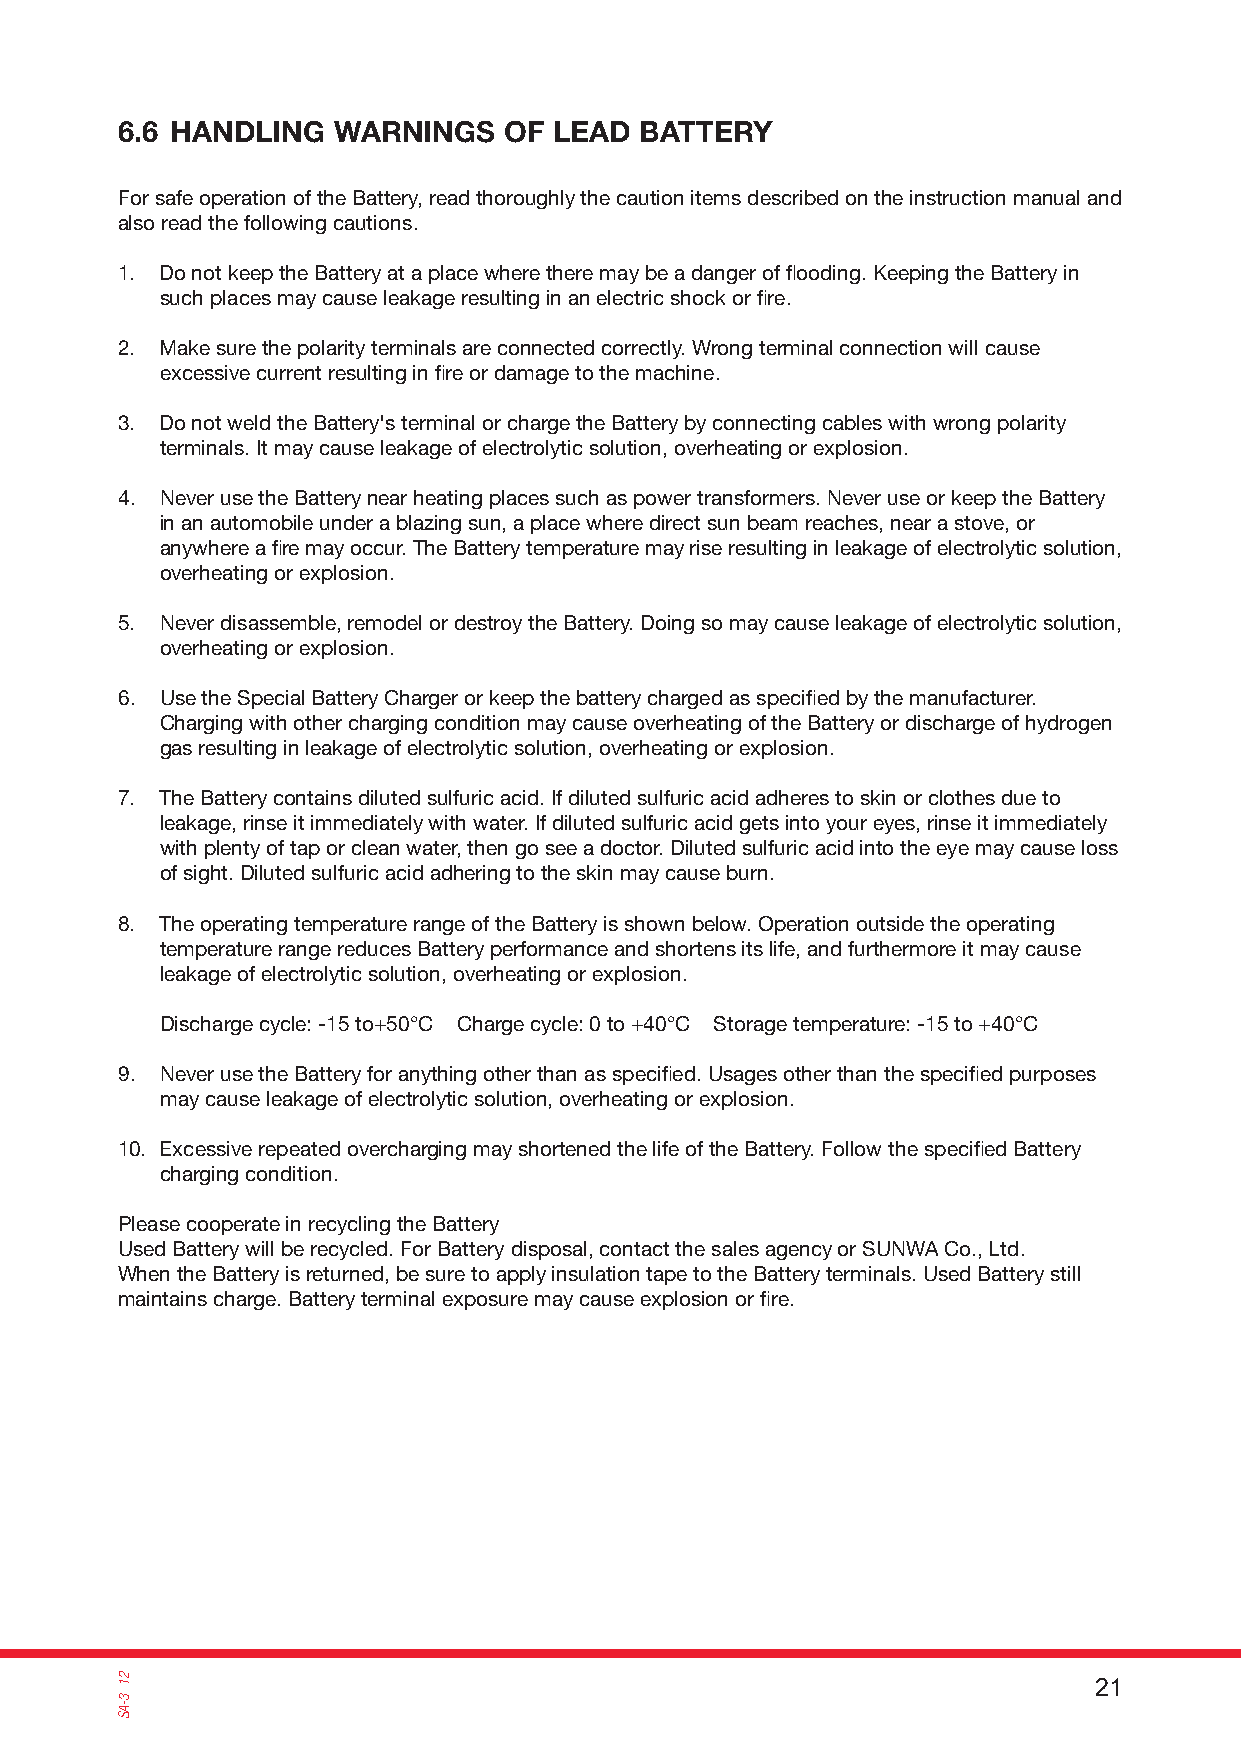
6.6 HANDLING  WARNINGS   OF  LEAD BATTERY
 For safe operation of the Battery, read thoroughly the caution items described on the instruction manual and
 also read the following cautions.
 1. Do not keep the Battery at a place where there may be a danger of fl ooding. Keeping the Battery in
 such places may cause leakage resulting in an electric shock or fi re.
 2. Make sure the polarity terminals are connected correctly. Wrong terminal connection will cause
 excessive current resulting in fi re or damage to the machine.
 3. Do not weld the Battery's terminal or charge the Battery by connecting cables with wrong polarity
 terminals. It may cause leakage of electrolytic solution, overheating or explosion.
 4. Never use the Battery near heating places such as power transformers. Never use or keep the Battery
 in an automobile under a blazing sun, a place where direct sun beam reaches, near a stove, or
 anywhere a fi re may occur. The Battery temperature may rise resulting in leakage of electrolytic solution,
 overheating or explosion.
 5. Never disassemble, remodel or destroy the Battery. Doing so may cause leakage of electrolytic solution,
 overheating or explosion.
 6. Use the Special Battery Charger or keep the battery charged as specifi ed by the manufacturer.
 Charging with other charging condition may cause overheating of the Battery or discharge of hydrogen
 gas resulting in leakage of electrolytic solution, overheating or explosion.
 7. The Battery contains diluted sulfuric acid. If diluted sulfuric acid adheres to skin or clothes due to
 leakage, rinse it immediately with water. If diluted sulfuric acid gets into your eyes, rinse it immediately
 with plenty of tap or clean water, then go see a doctor. Diluted sulfuric acid into the eye may cause loss
 of sight. Diluted sulfuric acid adhering to the skin may cause burn.
 8. The operating temperature range of the Battery is shown below. Operation outside the operating
 temperature range reduces Battery performance and shortens its life, and furthermore it may cause
 leakage of electrolytic solution, overheating or explosion.
 Discharge cycle: -15 to+50°C Charge cycle: 0 to +40°C Storage temperature: -15 to +40°C
 9. Never use the Battery for anything other than as specifi ed. Usages other than the specifi ed purposes
 may cause leakage of electrolytic solution, overheating or explosion.
 10. Excessive repeated overcharging may shortened the life of the Battery. Follow the specifi ed Battery
 charging condition.
 Please cooperate in recycling the Battery
 Used Battery will be recycled. For Battery disposal, contact the sales agency or SUNWA Co., Ltd.
 When the Battery is returned, be sure to apply insulation tape to the Battery terminals. Used Battery still
 maintains charge. Battery terminal exposure may cause explosion or fi re.
 21 21
 3-AS